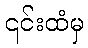
၎င်းထံမှ